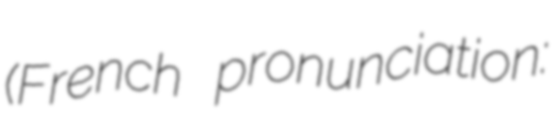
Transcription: (French pronunciation: